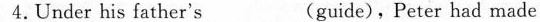
4.Under his father's ___(guide),Peter had made